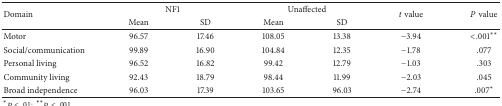
| <ROWSPAN=2> Domain | <COLSPAN=2> NF1 | <COLSPAN=2> Unaffected | <ROWSPAN=2> t value | <ROWSPAN=2> P value |
 | Mean | SD | Mean | SD |
 | --- | --- | --- | --- | --- | --- | --- |
 | Motor | 96.57 | 17.46 | 108.05 | 13.38 | −3.94 | <.001** |
 | Social/communication | 99.89 | 16.90 | 104.84 | 12.35 | −1.78 | .077 |
 | Personal living | 96.52 | 16.82 | 99.42 | 12.79 | −1.03 | .303 |
 | Community living | 92.43 | 18.79 | 98.44 | 11.99 | −2.03 | .045 |
 | Broad independence | 96.03 | 17.39 | 103.65 | 96.03 | −2.74 | .007* |